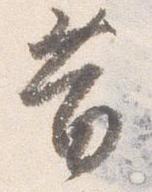
昔